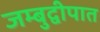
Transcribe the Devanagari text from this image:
जम्बुद्वीपात